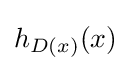
h_{D(x)}(x)